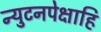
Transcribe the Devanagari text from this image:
न्युटनपेक्षाहि